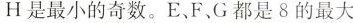
H是最小的奇数。E、F、G都是8的最大